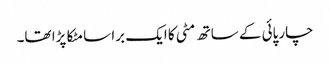
چارپائی کے ساتھ مٹی کا ایک برا سا مٹکا پڑا تھا۔